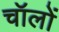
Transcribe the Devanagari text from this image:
चॉलों